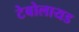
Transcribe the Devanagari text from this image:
टेबोलायड